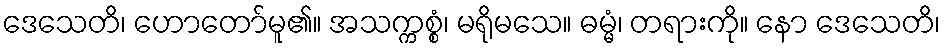
ဒေသေတိ၊ ဟောတော်မူ၏။ အသက္ကစ္စံ၊ မရိုမသေ။ ဓမ္မံ၊ တရားကို။ နော ဒေသေတိ၊